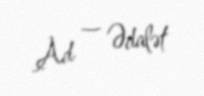
Ad — Ədalət